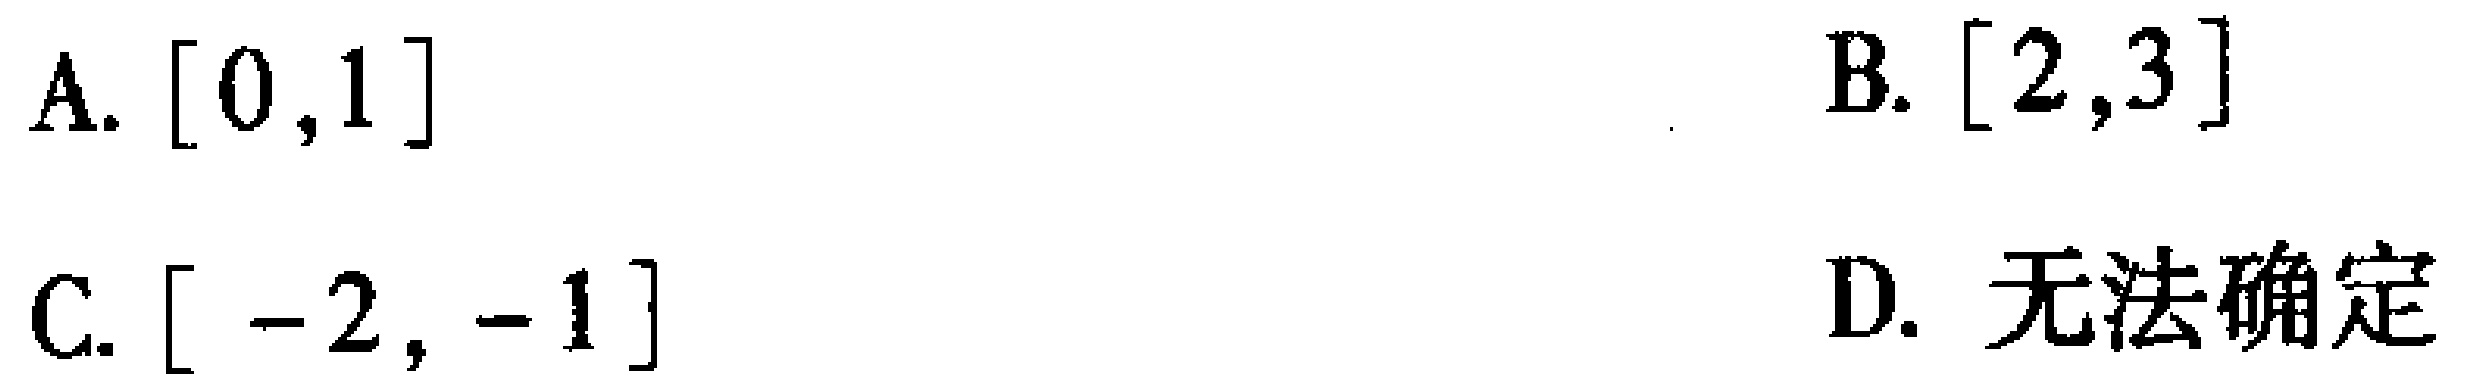
A. $[0,1]$  B. $[2,3]$  C. $[-2,-1]$  D. 无法确定